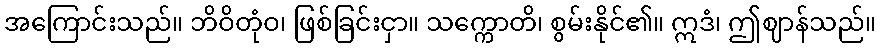
အကြောင်းသည်။ ဘိဝိတုံဝ၊ ဖြစ်ခြင်းငှာ။ သက္ကောတိ၊ စွမ်းနိုင်၏။ ဣဒံ၊ ဤဈာန်သည်။